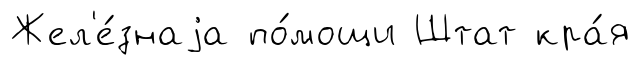
Жел'е́знаjа по́мощи Штат кра́я